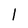
Character: I